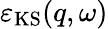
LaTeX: \varepsilon_{\mathrm{KS}}(q,\omega)